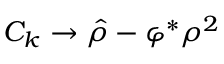
C _ { k } \to \hat { \rho } - \varphi ^ { \ast } \rho ^ { 2 }